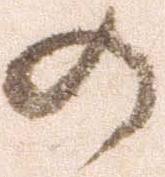
の